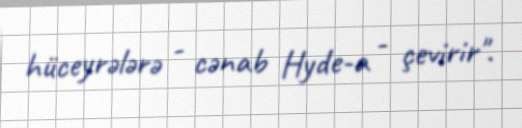
hüceyrələrə - cənab Hyde-a - çevirir".